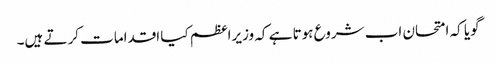
گویا کہ امتحان اب شروع ہوتا ہے کہ وزیراعظم کیا اقدامات کرتے ہیں۔